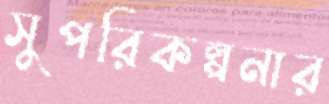
সুপরিকল্পনার